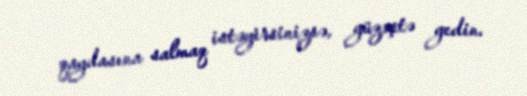
qaydasına salmaq istəyirsinizsə, güzəştə gedin.